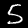
Label: 5